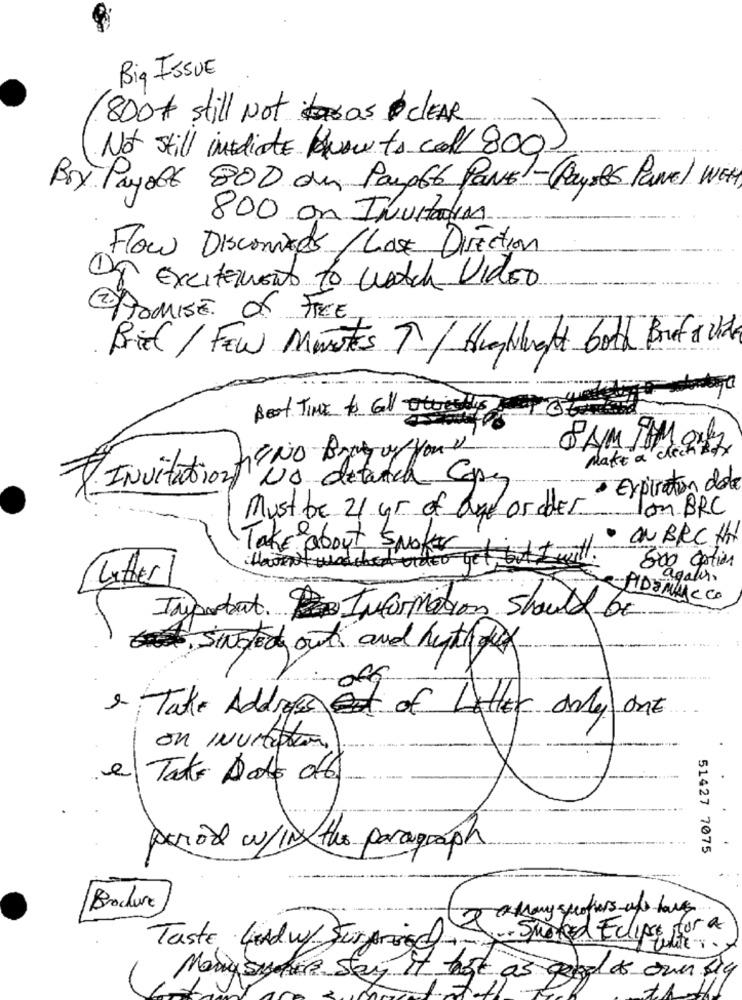
Big ISSUE
800* still Not tras CLEAR
Not still indiete.HuAnts. coll 800.
Boy Payoff 80D du Pauper Pavel-PaysBE Panel WEH
800 an Invitation
Flow Discoriads / Lose Direction
OF Excitement to watch Video
(2) PROMISE Of FREE
Brief / FEW Minutes T / Hughleft both Bouf & ide
doya
Beat Time to all ouests
SAM IM only
Make a check .fr
LIENo Bogu/ youv
Invitation NO detatch Capes
· Expiration date
Must be 21 ur of fund or older
Ion BRC
· ONBRCH
Take about Spoke
iHaven't watched ondeo yet, but I will.
800 Option
(litter
agates.
PIDEMACCO
Important Information Should be
Singlech out and hyth dux
-off
1 Take Address of Latter only one
on invitation.
el Tato Dato of6
perode w/IN the paragraph
51427 7075
Brochure
atany speakers-ups have
Taste 4xAd w/ Surprise Smoked Eclips for a
editer.
Moning Sichere Stay
hast as good as own big